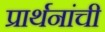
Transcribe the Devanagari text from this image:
प्रार्थनांची